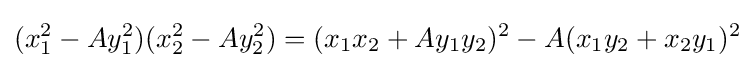
(x_{1}^{2}-Ay_{1}^{2})(x_{2}^{2}-Ay_{2}^{2})=(x_{1}x_{2}+Ay_{1}y_{2})^{2}-A(x_{1}y_{2}+x_{2}y_{1})^{2}